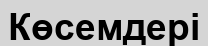
Көсемдері